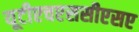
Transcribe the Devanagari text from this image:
यूटीएचएससीएसए